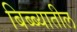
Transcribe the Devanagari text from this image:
बिब्ब्यातील